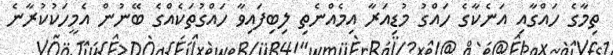
ތިމާގެ ހައްގާއި އަނެކާގެ ހައްގު މުޑިއަރާ އިމެއްނެތި ލިބިފައިވާ ހައްގުތަކެއްގެ ބޭނުން އެމީހަކުކުރާނެ